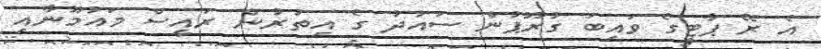
އެ ރޭ ޕާޓީގެ ވައިބަ ގުރޫޕުން ސައުދު ގެ އިތުރުން ރައީސް މައުމޫނާއި